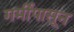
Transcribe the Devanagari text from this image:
गर्मीपासून